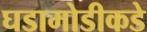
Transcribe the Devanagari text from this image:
घडामोडीकडे